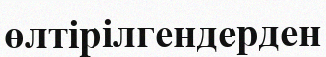
өлтірілгендерден